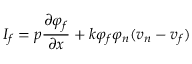
I _ { f } = p \frac { \partial \varphi _ { f } } { \partial x } + k \varphi _ { f } \varphi _ { n } ( v _ { n } - v _ { f } )